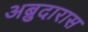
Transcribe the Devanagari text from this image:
अब्रुदारास